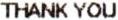
THANK YOU